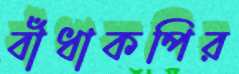
বাঁধাকপির